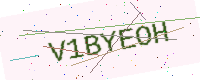
Text: V1BYEOH